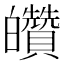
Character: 𤿀